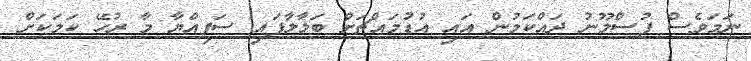
ނަމަވެސް ފުސްމޫނު ދައްކަމުން އައި އުޑުމައްޗަށް ބަލާލާފައި ސަފިއްޔާ މާ ރުހޭ ކަމަކަށް